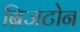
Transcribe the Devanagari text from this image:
ब्रिजटोन